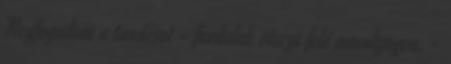
Megfogadom a tanácsot - fordulok vissza felé mosolyogva. -